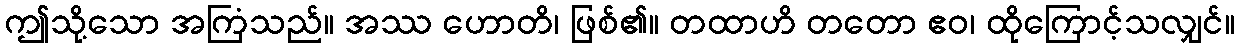
ဤသို့သော အကြံသည်။ အဿ ဟောတိ၊ ဖြစ်၏။ တထာဟိ တတော ဧဝ၊ ထိုကြောင့်သလျှင်။